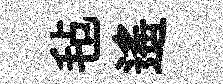
毡遥